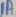
Text: 1A